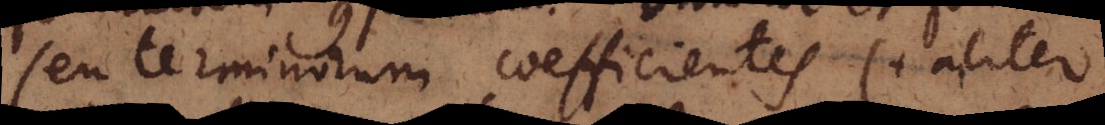
seu terminorum coefficientes (+ aliter